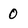
Character: 0